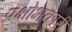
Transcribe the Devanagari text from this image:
प्रक्षोभकारी